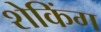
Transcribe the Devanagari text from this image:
शेकिंग